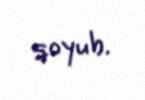
qoyub.